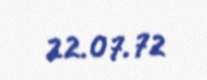
22.07.72